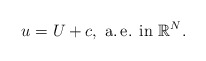
\begin{align*}u=U+c,\mbox{ a.\,e. in } \mathbb{R}^N.\end{align*}